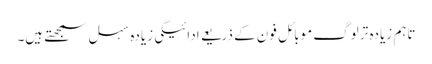
تاہم زیادہ تر لوگ موبائل فون کے ذریعے ادائیگی زیادہ سہل سمجھتے ہیں۔